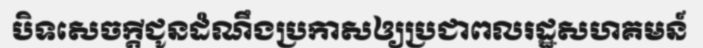
បិទសេចក្តីជូនដំណឹងប្រកាសឲ្យប្រជាពលរដ្ឋសហគមន៍